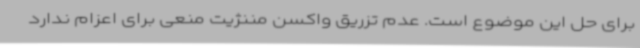
برای حل این موضوع است. عدم تزریق واکسن مننژیت منعی برای اعزام ندارد